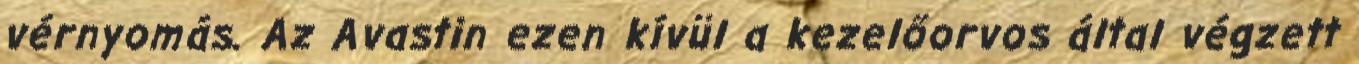
vérnyomás. Az Avastin ezen kívül a kezelőorvos által végzett